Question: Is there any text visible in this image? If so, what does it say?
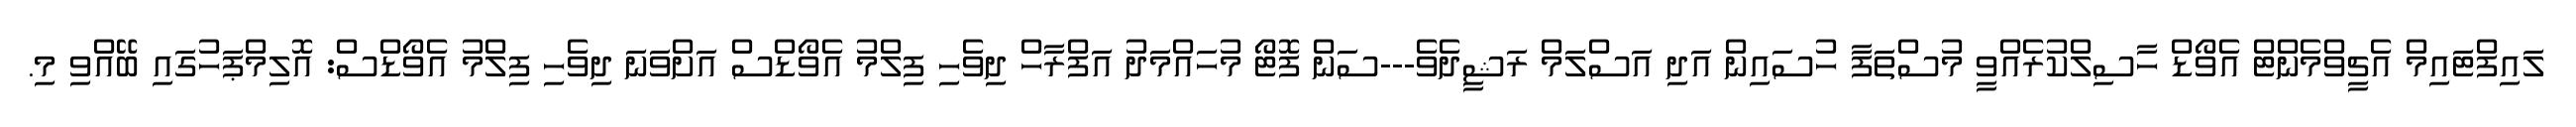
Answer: ލައިފްޓައިމް އެޗީވްމެންޓް އެވޯޑް ހާސިލްކުރެއްވީ މުސްތަފާ ހުސައިން އަދި އަސްލަމް ރަޝީދެވެ---ސަން ފޮޓޯ މުހައްމަދު އަފްރާހް ދިވެހި ފިލްމު އެވޯޑްސް އަށްވަނަ ދިވެހި ފިލްމު އެވޯޑްސް: އޮލިމްޕަހުގައި ބޭއްވި މި.